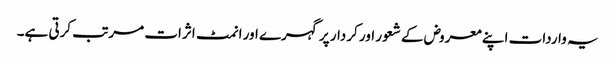
یہ واردات اپنے معروض کے شعور اور کردار پر گہرے اور انمٹ اثرات مرتب کرتی ہے۔